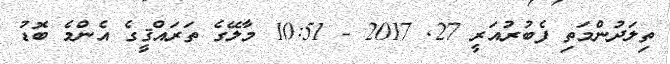
ތިލަދުންމަތި ފެބުރުއަރީ 27